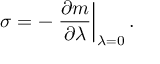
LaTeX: \sigma = - \left. \frac { \partial m } { \partial \lambda } \right| _ { \lambda = 0 } .